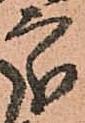
處